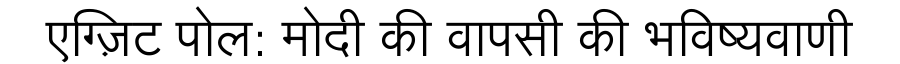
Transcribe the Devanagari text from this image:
एग्ज़िट पोल: मोदी की वापसी की भविष्यवाणी